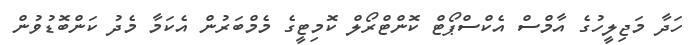
ހަދާ މަޖިލީހުގެ އާމްސް އެކްސްޕޯޓް ކޮންޓްރޯލް ކޮމިޓީގެ މެމްބަރުން އެކަމާ މެދު ކަންބޮޑުވުން